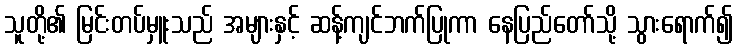
သူတို့၏ မြင်းတပ်မှူးသည် အများနှင့် ဆန့်ကျင်ဘက်ပြုကာ နေပြည်တော်သို့ သွားရောက်၍